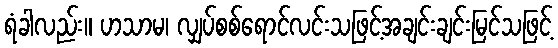
ရံခါလည်း။ ဟသာမ၊ လျှပ်စစ်ရောင်လင်းသဖြင့်အချင်းချင်းမြင်သဖြင့်